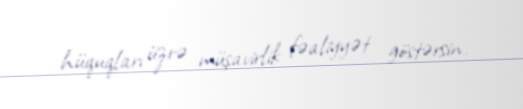
hüquqları üzrə müşavirlik fəaliyyət göstərsin.